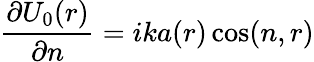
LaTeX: {\frac{\partial{U_{0}(r)}}{\partial n}}=ika(r)\cos(n,r)